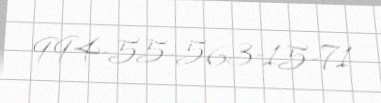
994-55-563-15-71